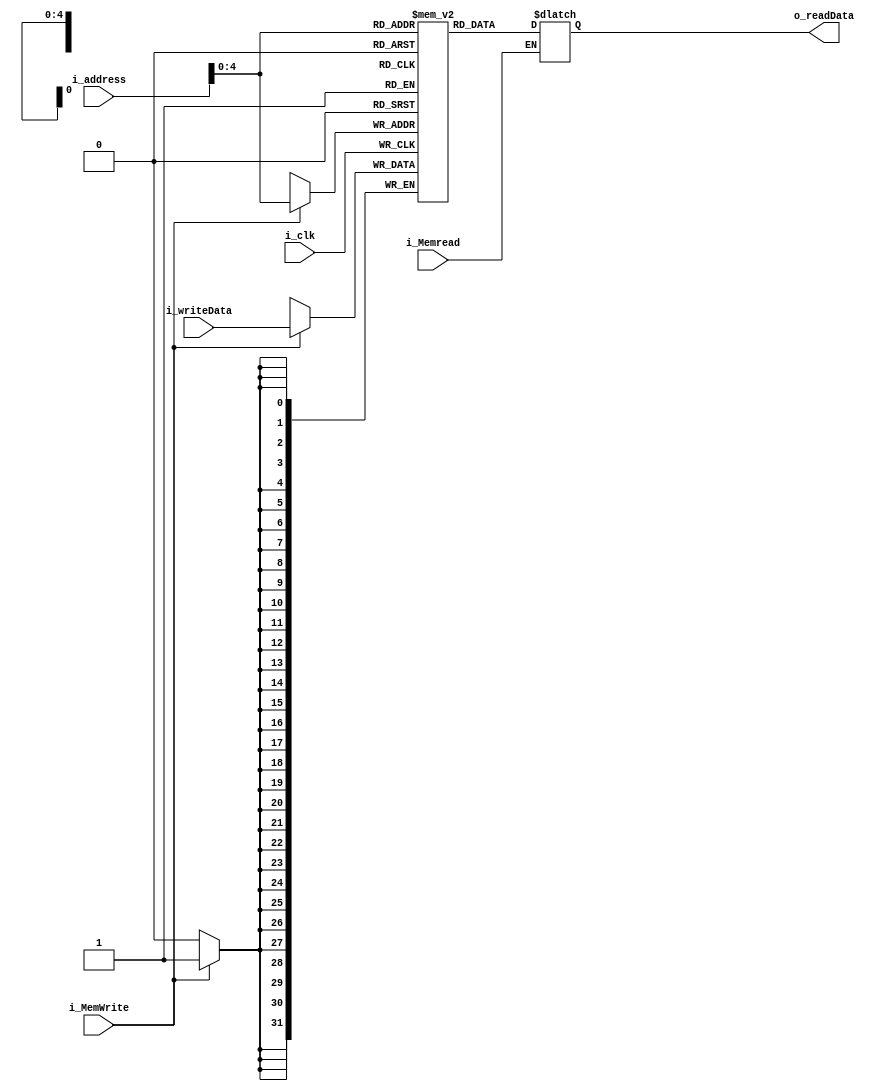
module DataMemory (i_clk,i_MemWrite,i_Memread,i_address,i_writeData,o_readData);


input i_MemWrite,i_Memread,i_clk;
input [31:0] i_address,i_writeData;
output reg [31:0] o_readData;
  
reg[31:0] memory [0:31];

always@(negedge i_clk) // writing in the first half of the cycle.
begin
   if(i_MemWrite==1)
      memory[i_address]<=i_writeData;
end
  
always@(i_address or i_Memread)
begin
  if(i_Memread==1)
     o_readData=memory[i_address];
end

endmodule